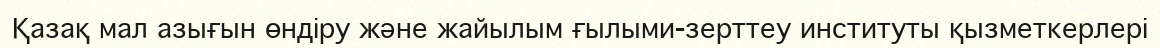
Қазақ мал азығын өндіру және жайылым ғылыми-зерттеу институты қызметкерлері